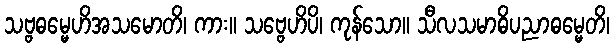
သဗ္ဗဓမ္မေဟိအသမောတိ၊ ကား။ သဗ္ဗေဟိပိ၊ ကုန်သော။ သီလသမာဓိပညာဓမ္မေတိ၊